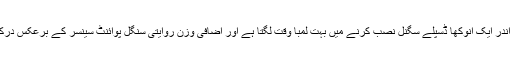
ڈسپلے کے اندر ایک انوکھا ڈسپلے سگنل نصب کرنے میں بہت لمبا وقت لگتا ہے اور اضافی وزن روایتی سنگل پوائنٹ سینسر کے برعکس درکار ہوتا ہے۔